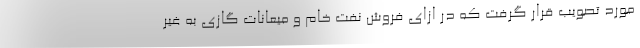
مورد تصویب قرار گرفت که در ازای فروش نفت خام و میعانات گازی به غیر